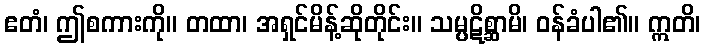
ဧတံ၊ ဤစကားကို။ တထာ၊ အရှင်မိန့်ဆိုတိုင်း။ သမ္ပဋိစ္ဆာမိ၊ ဝန်ခံပါ၏။ ဣတိ၊